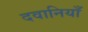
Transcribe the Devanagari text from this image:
दवानियाँ